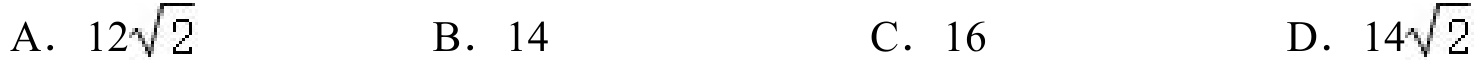
A. \(12\sqrt{2}\)  B. \(14\)  C. \(16\)  D. \(14\sqrt{2}\)